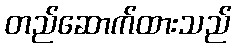
တည်ဆောက်ထားသည်